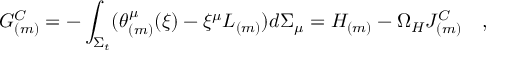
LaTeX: { \cal G } _ { ( m ) } ^ { C } = - \int _ { \Sigma _ { t } } ( \theta _ { ( m ) } ^ { \mu } ( \xi ) - \xi ^ { \mu } L _ { ( m ) } ) d \Sigma _ { \mu } = { \cal H } _ { ( m ) } - \Omega _ { H } { \cal J } _ { ( m ) } ^ { C } ~ ~ ~ ,